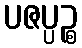
ပဇပ္ပဉ္စ